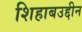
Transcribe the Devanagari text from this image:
शिहाबउद्दीन